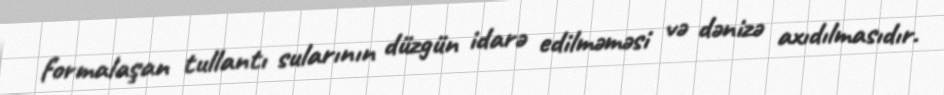
formalaşan tullantı sularının düzgün idarə edilməməsi və dənizə axıdılmasıdır.